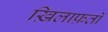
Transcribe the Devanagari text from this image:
ख़िलाफ़तों